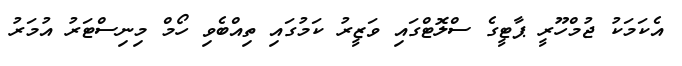
އެކަމަކު ޖުމްހޫރީ ޕާޓީގެ ސްލޮޓްގައި ވަޒީރު ކަމުގައި ތިއްބެވި ހޯމް މިނިސްޓަރު އުމަރު